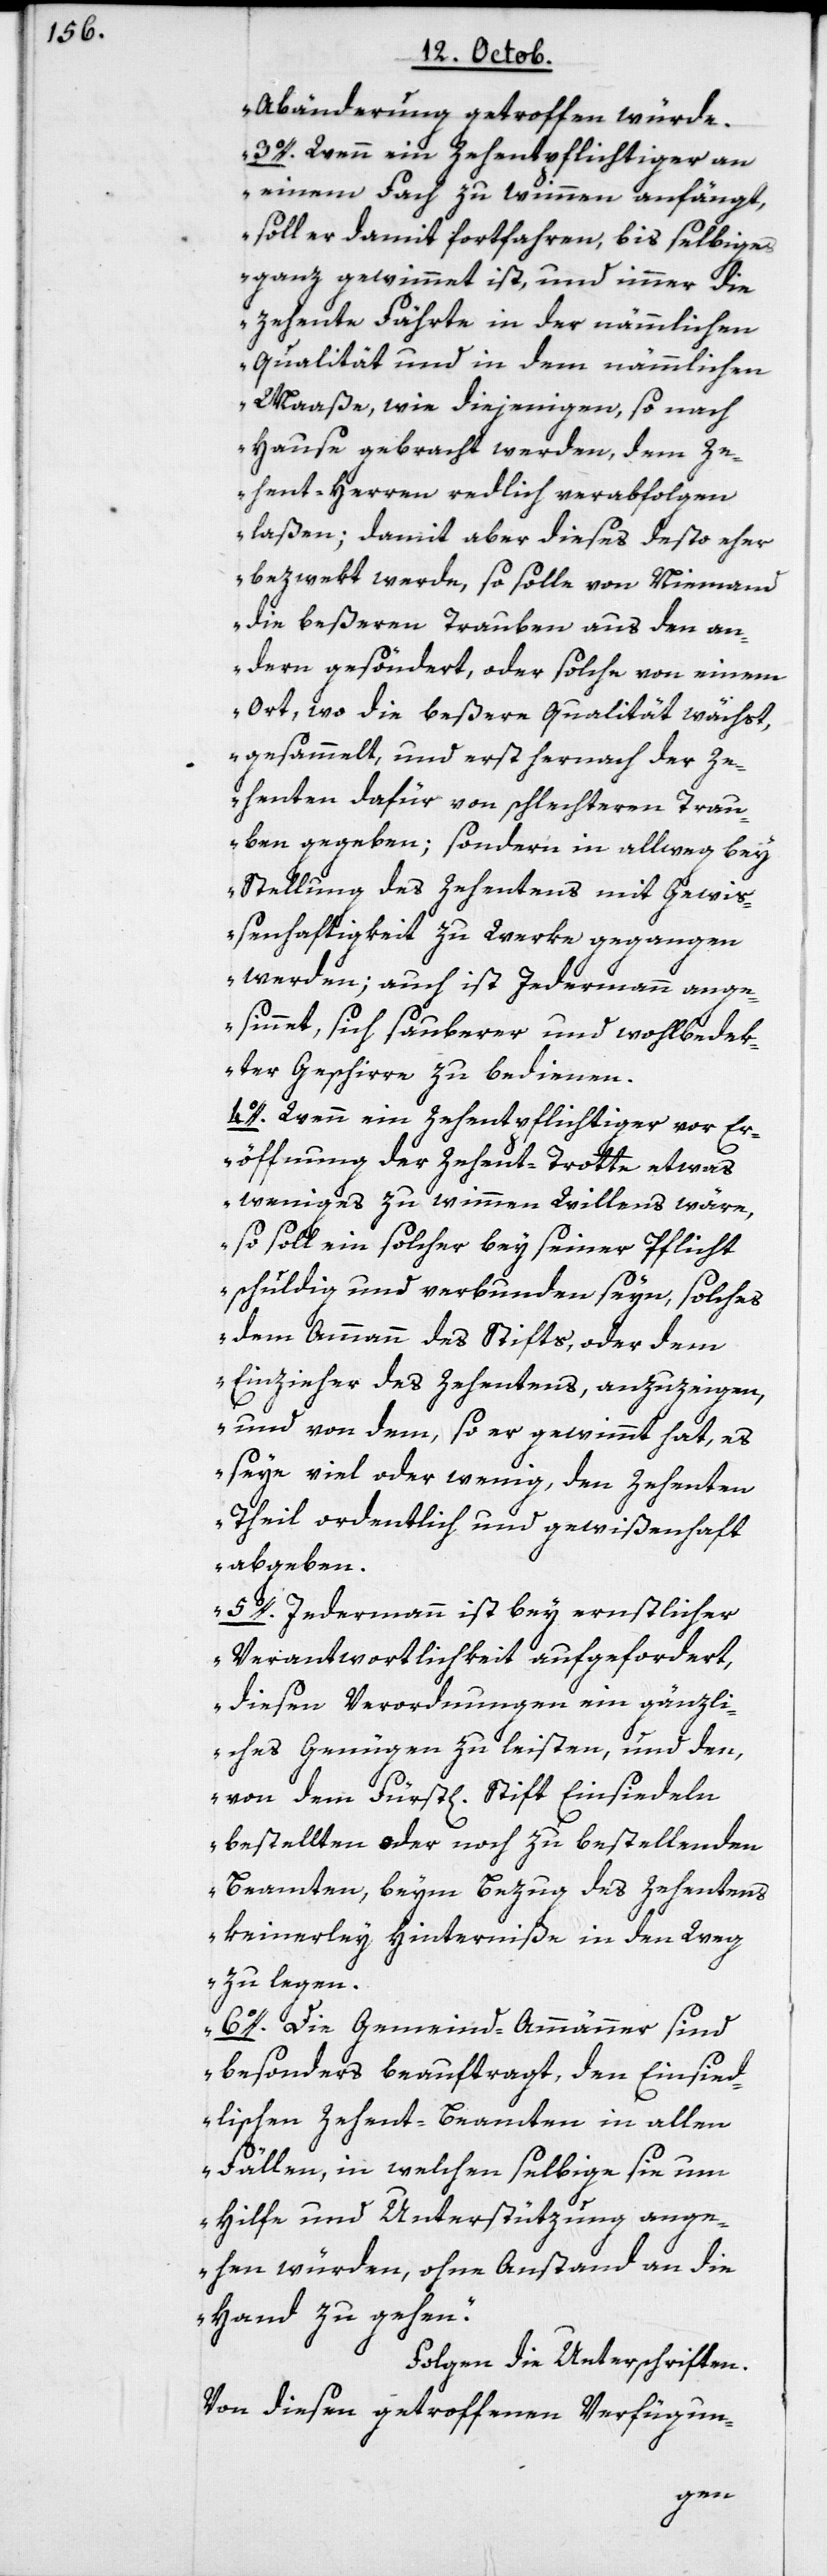
Abänderung getroffen würde.
3o. Wenn ein Zehentpflichtiger an
einem Fach zu wimmen anfängt,
soll er damit fortfahren, bis selbiges
ganz gewimmet ist, und immer die
zehente Fährte in der nämmlichen
Qualität und in dem nämmlichen
Maaße, wie diejenigen, so nach
Hause gebracht werden, dem Ze¬
hent-herren redlich verabfolgen
laßen; damit aber dieses desto eher
bezwekt werde, so solle von Niemand
die beßeren Trauben aus den an¬
dern gesöndert, oder solche von einem
Ort, wo die beßere Qualität wächst,
gesammelt und erst hernach der Ze¬
henten dafür von schlechteren Trau¬
ben gegeben; sondern in allweg bey
Stellung des Zehentens mit Gewi¬
ßenhaftigkeit zu Werke gegangen
werden; auch ist Jedermann ang¬
esinnet, sich sauberer und wohlbedek¬
ter Geschirre zu bedienen.
4o. Wenn ein Zehentpflichtiger vor Er¬
öffnung der Zehent-Trotte etwas
Weniges zu wimmen Willens wäre,
so soll ein solcher bey seiner Pflicht
schuldig und verbunden seyn, solches
dem Ammann des Stifts, oder dem
Einzieher des Zehentens, anzuzeigen,
und von dem, so er gewimmt hat, es
seye viel oder wenig, den zehenten
Theil ordentlich und gewißenhaft
abgeben.
5o. Jedermann ist bey ernstlicher
Verantwortlichkeit aufgefordert,
diesen Verordnungen ein gänzli¬
ches Genügen zu leisten, und den,
von dem Fürstl[ichen] Stift Einsiedeln
bestellten oder noch zu bestellenden
Beamten, beym Bezug des Zehentens
keinerley Hinterniße in den Weg
zu legen.
6o. Die Gemeind-Ammänner sind
besonders beauftragt, den Einsied¬
lischen Zehent-Beamten in allen
Fällen, in welchen selbige sie um
Hilfe und Unterstützung ange¬
hen würden, ohne Anstand an die
Hand zu gehen“.
Folgen die Unterschriften.
Von diesen getroffenen Verfügun-